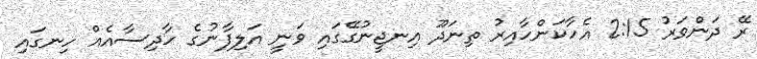
ރޭ ދަންވަރު 2:15 އެހާކަންހާއިރު ތިނަދޫ އިނޖީނުގޭގައި ވަނީ އަލިފާނުގެ ހާދިސާއެއް ހިނގައި